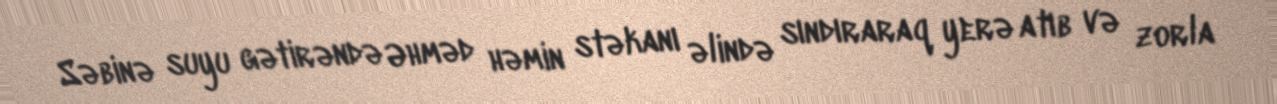
Səbinə suyu gətirəndə Əhməd həmin stəkanı əlində sındıraraq yerə atıb və zorla